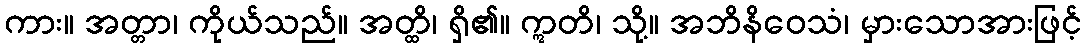
ကား။ အတ္တာ၊ ကိုယ်သည်။ အတ္ထိ၊ ရှိ၏။ ဣတိ၊ သို့။ အဘိနိဝေသံ၊ မှားသောအားဖြင့်